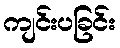
ကျင်းပခြင်း